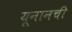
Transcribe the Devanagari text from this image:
यूनानची